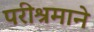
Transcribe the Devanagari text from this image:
परीश्रमाने